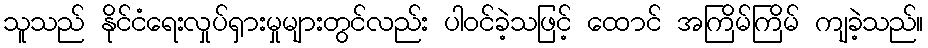
သူသည် နိုင်ငံရေးလှုပ်ရှားမှုများတွင်လည်း ပါဝင်ခဲ့သဖြင့် ထောင် အကြိမ်ကြိမ် ကျခဲ့သည်။